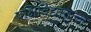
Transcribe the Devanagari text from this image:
पक्षिविद्यातज्ज्ञ